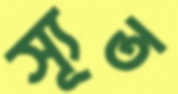
স্যূত